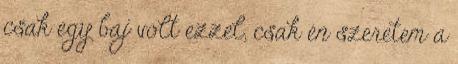
csak egy baj volt ezzel, csak én szeretem a